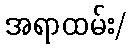
အရာထမ်း/